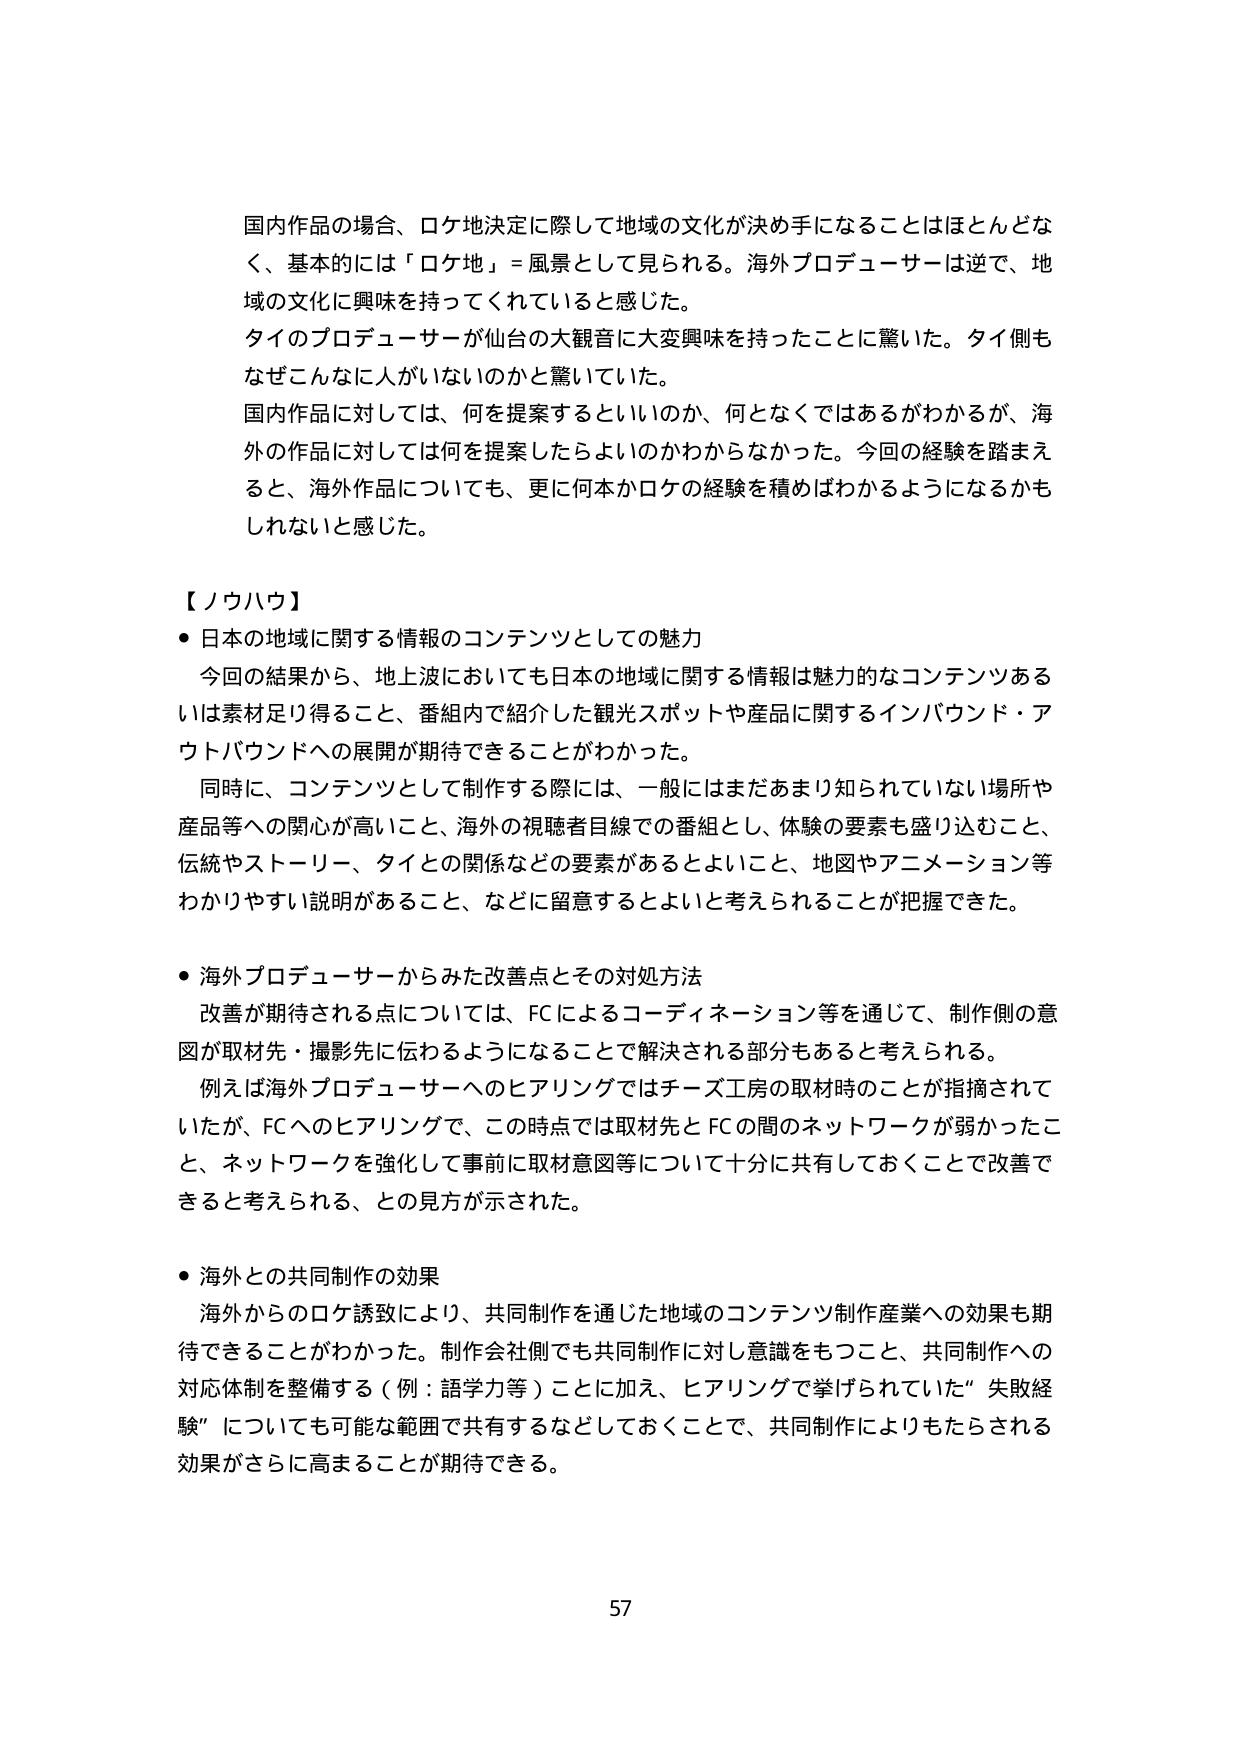
国内作品の場合、ロケ地決定に際して地域の文化が決め手になることはほとんどなく、基本的には「ロケ地」＝風景として見られる。海外プロデューサーは逆で、地域の文化に興味を持ってくれていると感じた。
タイのプロデューサーが仙台の大観音に大変興味を持ったことに驚いた。タイ側もなぜこんなに人がいないのかと驚いていた。
国内作品に対しては、何を提案するといいのか、何となくではあるがわかるが、海外の作品に対しては何を提案したらよいのかわからなかった。今回の経験を踏まえると、海外作品についても、更に何本かロケの経験を積めばわかるようになるかもしれないと感じた。

【ノウハウ】
・日本の地域に関する情報のコンテンツとしての魅力
　今回の結果から、地上波においても日本の地域に関する情報は魅力的なコンテンツあるいは素材足り得ること、番組内で紹介した観光スポットや製品に関するインバウンド・アウトバウンドへの展開が期待できることがわかった。
　同時に、コンテンツとして制作する際には、一般にはまだあまり知られていない場所や製品等への関心が高いこと、海外の視聴者目線での番組とし、体験の要素も盛り込むこと、伝統やストーリー、タイとの関係などの要素があるとよいこと、地図やアニメーション等わかりやすい説明があること、などに留意するとよいと考えられることが把握できた。

・海外プロデューサーからみた改善点とその対処方法
　改善が期待される点については、FCによるコーディネーション等を通じて、制作側の意図が取材先・撮影先に伝わるようになることで解決される部分もあると考えられる。
　例えば海外プロデューサーへのヒアリングではチーズ工房の取材時のことが指摘されていたが、FCへのヒアリングで、この時点では取材先とFCの間のネットワークが弱かったこと、ネットワークを強化して事前に取材意図等について十分に共有しておくことで改善できると考えられる、との見方が示された。

・海外との共同制作の効果
　海外からのロケ誘致により、共同制作を通じた地域のコンテンツ制作産業への効果も期待できることがわかった。制作会社側でも共同制作に対し意識をもつこと、共同制作への対応体制を整備する（例：語学力等）ことに加え、ヒアリングで挙げられていた「失敗経験」についても可能な範囲で共有するなどしておくことで、共同制作によりもたらされる効果がさらに高まることが期待できる。

57